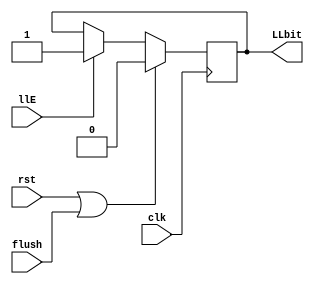

module LLbit(
    input wire clk,
    input wire rst,
    
    //when an exception occurs, flash = 1, otherwise flash = 0
    input wire flush,

    // write operation
    input wire llE,
   
    output reg LLbit
    );

    always @ (posedge clk) begin
        LLbit <= rst | flush ? 1'b0 : 
                   llE ? 1'b1 : LLbit;
    end
endmodule